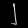
Digit: ၂